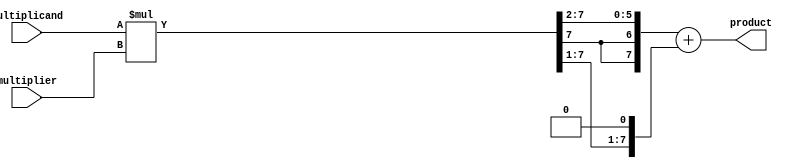
module booth_multiplier(input [3:0] multiplicand, input [3:0] multiplier, output reg [7:0] product);

reg [7:0] partial_product_0;
reg [7:0] partial_product_1;
reg [7:0] partial_product_2;

always @(*)
begin
  partial_product_0 = multiplicand * multiplier;
  partial_product_1 = {partial_product_0[7], partial_product_0[7:1]};
  partial_product_2 = {partial_product_1[7], partial_product_1[7:1]} + (partial_product_1 << 1);

  product = partial_product_2;
end

endmodule